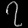
Digit: ၇